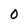
Character: 0